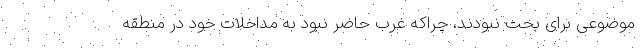
موضوعی برای بحث نبودند، چراکه غرب حاضر نبود به مداخلات خود در منطقه